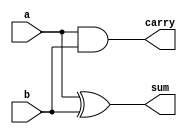
module half_add (a,b, sum, carry);
  
  input a,b;
  output sum, carry;
  
  xor g1(sum, a, b);
  and g2(carry, a, b);
  
endmodule